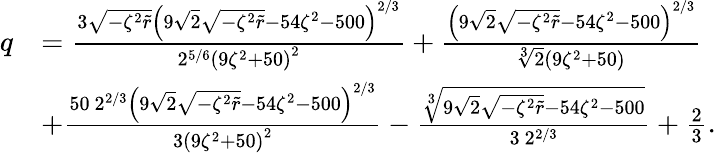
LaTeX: \begin{array}{rl}{q}&{=\frac{3\sqrt{-\zeta^{2}\tilde{r}}\left(9\sqrt{2}\sqrt{-\zeta^{2}\tilde{r}}-54\zeta^{2}-500\right)^{2/3}}{2^{5/6}\left(9\zeta^{2}+50\right)^{2}}+\frac{\left(9\sqrt{2}\sqrt{-\zeta^{2}\tilde{r}}-54\zeta^{2}-500\right)^{2/3}}{\sqrt[3]{2}\left(9\zeta^{2}+50\right)}}\\ &{+\frac{50\ 2^{2/3}\left(9\sqrt{2}\sqrt{-\zeta^{2}\tilde{r}}-54\zeta^{2}-500\right)^{2/3}}{3\left(9\zeta^{2}+50\right)^{2}}-\frac{\sqrt[3]{9\sqrt{2}\sqrt{-\zeta^{2}\tilde{r}}-54\zeta^{2}-500}}{3\ 2^{2/3}}+\frac{2}{3}.}\end{array}